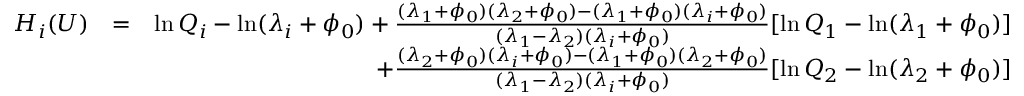
\begin{array} { r l r } { H _ { i } ( U ) } & { = } & { \ln Q _ { i } - \ln ( \lambda _ { i } + \phi _ { 0 } ) + \frac { ( \lambda _ { 1 } + \phi _ { 0 } ) ( \lambda _ { 2 } + \phi _ { 0 } ) - ( \lambda _ { 1 } + \phi _ { 0 } ) ( \lambda _ { i } + \phi _ { 0 } ) } { ( \lambda _ { 1 } - \lambda _ { 2 } ) ( \lambda _ { i } + \phi _ { 0 } ) } [ \ln Q _ { 1 } - \ln ( \lambda _ { 1 } + \phi _ { 0 } ) ] } \\ & { } & { \; \; \; \; \; \; \; \; \; + \frac { ( \lambda _ { 2 } + \phi _ { 0 } ) ( \lambda _ { i } + \phi _ { 0 } ) - ( \lambda _ { 1 } + \phi _ { 0 } ) ( \lambda _ { 2 } + \phi _ { 0 } ) } { ( \lambda _ { 1 } - \lambda _ { 2 } ) ( \lambda _ { i } + \phi _ { 0 } ) } [ \ln Q _ { 2 } - \ln ( \lambda _ { 2 } + \phi _ { 0 } ) ] } \end{array}